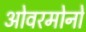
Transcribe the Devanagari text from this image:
ओवरमोनों